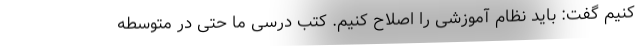
کنیم گفت: باید نظام آموزشی را اصلاح کنیم. کتب درسی ما حتی در متوسطه